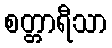
စတ္တာရီသာ